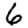
Digit: 6